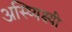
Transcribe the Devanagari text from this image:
अस्थ्यिक्ष्यी